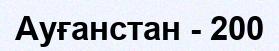
Ауғанстан - 200